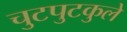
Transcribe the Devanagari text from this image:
चुटपुटकुले